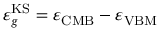
\varepsilon _ { g } ^ { \mathrm { K S } } = \varepsilon _ { \mathrm { C M B } } - \varepsilon _ { \mathrm { V B M } }